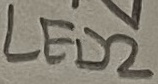
Text: LED2